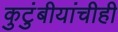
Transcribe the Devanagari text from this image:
कुटुंबीयांचीही